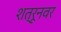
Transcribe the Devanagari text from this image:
शत्रूनवर